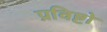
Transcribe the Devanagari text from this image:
प्रविष्टो